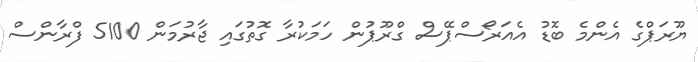
ޔޫރަޕްގެ އެންމެ ބޮޑު އެއަރޯސްޕޭސް ގްރޫޕުން ހަމަކުރާ ގޮތުގައި ޖާރުމަން 5100 ފްރާންސް